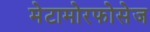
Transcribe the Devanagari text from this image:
मेटामोरफोसेज